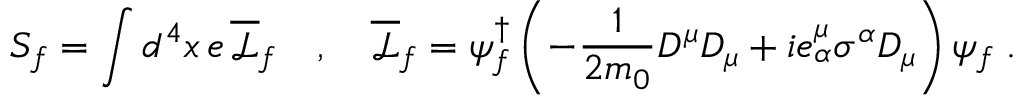
S _ { f } = \int d ^ { 4 } x \, e \, \overline { { \mathcal { L } } } _ { f } \quad , \quad \overline { { \mathcal { L } } } _ { f } = \psi _ { f } ^ { \dagger } \left( - \frac { 1 } { 2 m _ { 0 } } D ^ { \mu } D _ { \mu } + i e _ { \alpha } ^ { \mu } \sigma ^ { \alpha } D _ { \mu } \right) \psi _ { f } \; .